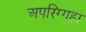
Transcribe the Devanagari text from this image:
अपरिग्गहा